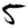
Digit: 5